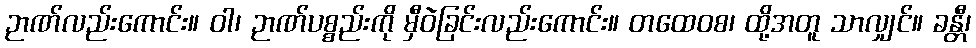
ဉာဏ်လည်းကောင်း။ ဝါ၊ ဉာဏ်ပစ္စည်းကို မှီဝဲခြင်းလည်းကောင်း။ တထေဝစ၊ ထို့အတူ သာလျှင်။ ခန္တီ၊